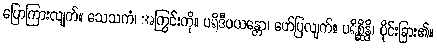
ပြောကြားလျက်။ သေသကံ၊ အကြွင်းကို။ ပရိဒီပယန္တော၊ ဖော်ပြလျက်။ ပရိစ္ဆိန္ဒိ၊ ပိုင်းခြား၏။